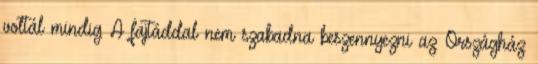
voltál mindig A fajtáddal nem szabadna beszennyezni az Országház